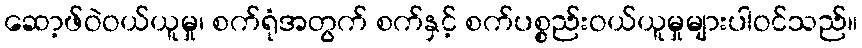
ဆော့ဖ်ဝဲဝယ်ယူမှု၊ စက်ရုံအတွက် စက်နှင့် စက်ပစ္စည်းဝယ်ယူမှုများပါဝင်သည်။